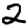
Digit: 2